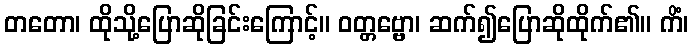
တတော၊ ထိုသို့ပြောဆိုခြင်းကြောင့်။ ဝတ္တဗ္ဗော၊ ဆက်၍ပြောဆိုထိုက်၏။ ကိံ၊